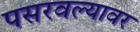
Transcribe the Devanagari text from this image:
पसरवल्यावर